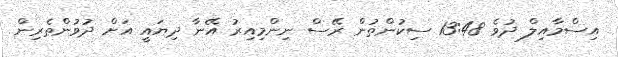
އިސްމާއިލް ދުވެ 13:48 ސިކުންތުން ރޭސް ނިންމިއިރު އޭނާ ދިޔައީ އަށް ދުވުންތެރިން